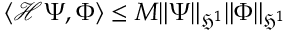
\langle \mathcal { H } \Psi , \Phi \rangle \le M \| \Psi \| _ { \mathfrak { H } ^ { 1 } } \| \Phi \| _ { \mathfrak { H } ^ { 1 } }